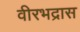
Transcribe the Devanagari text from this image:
वीरभद्रास